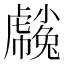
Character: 𧈒